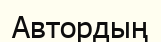
Автордың